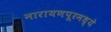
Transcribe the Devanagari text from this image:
नारायणपूरमध्ये